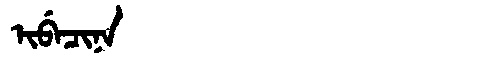
Manchu: ᡳᠪᡝᠴᡳᠨᠠ
Romanization: IBECINA